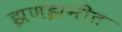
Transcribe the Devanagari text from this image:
झणझनीत